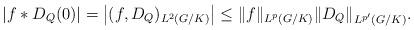
LaTeX: \begin{align*}\left|f\ast D_Q(0)\right|=\left|(f,D_Q)_{L^2(G/K)}\right|\leq\|f\|_{L^p(G/K)}{\|D_Q\|_{L^{p'}(G/K)}}.\end{align*}